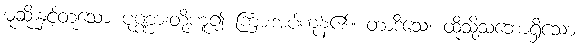
မုဆိုးနှင့်တူသော ပုဏ္ဏားတို့ဟူ၍ ကြားအပ်ကုန်၏။ တာဒိသေ၊ ထိုသို့သဘောရှိသော